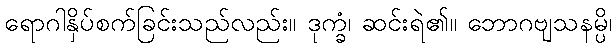
ရောဂါနှိပ်စက်ခြင်းသည်လည်း။ ဒုက္ခံ၊ ဆင်းရဲ၏။ ဘောဂဗျသနမ္ပိ၊